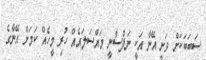
ސަބަބަކަށް ވަނީ އޭނާ އަކީ ނަފްސާނީ މައްސަލައެއް ހުރި މީހެއް ކަމަށް އޭނާގެ